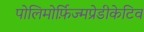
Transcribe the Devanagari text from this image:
पोलिमोर्फ़िज्मप्रेडीकेटिव